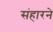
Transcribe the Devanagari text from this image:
संहारने